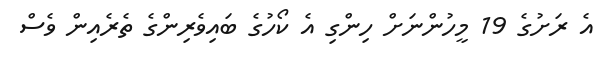
އެ ރަށުގެ 19 މީހުންނަށް ހިންގި އެ ކޯހުގެ ބައިވެރިންގެ ތެރެއިން ވެސް